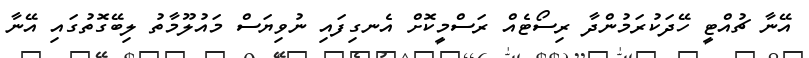
އޭނާ ޗުއްޓީ ހޭދަކުރަމުންދާ ރިސޯޓެއް ރަސްމީކޮށް އެނގިފައި ނުވިޔަސް މައުލޫމާތު ލިބޭގޮތުގައި އޭނާ